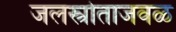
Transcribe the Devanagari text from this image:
जलस्त्रोताजवळ